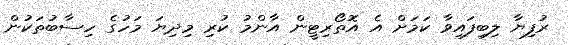
ރުފިޔާ ލިބިފައިވާ ކަމަށް އެ އޮތޯރިޓީން އާންމު ކުރި މިދިޔަ މަހުގެ ހިސާބުތަކުން